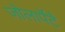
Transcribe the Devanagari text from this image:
जोलार्पेटै